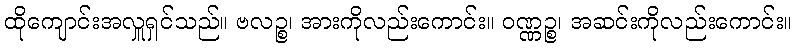
ထိုကျောင်းအလှူရှင်သည်။ ဗလဉ္စ၊ အားကိုလည်းကောင်း။ ဝဏ္ဏဉ္စ၊ အဆင်းကိုလည်းကောင်း။